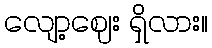
လျော့ဈေး ရှိလား။